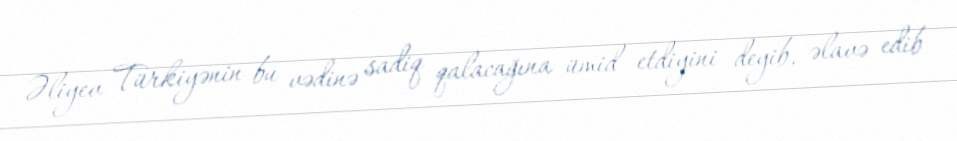
Əliyev Türkiyənin bu vədinə sadiq qalacağına ümid etdiyini deyib, əlavə edib